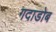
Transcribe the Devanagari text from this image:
गदाडोब